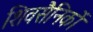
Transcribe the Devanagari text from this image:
शिवसैनिकों